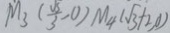
M _ { 3 } ( \frac { \sqrt { 3 } } { 3 } , 0 ) M _ { 4 } ( \sqrt { 3 } + 2 , 0 )